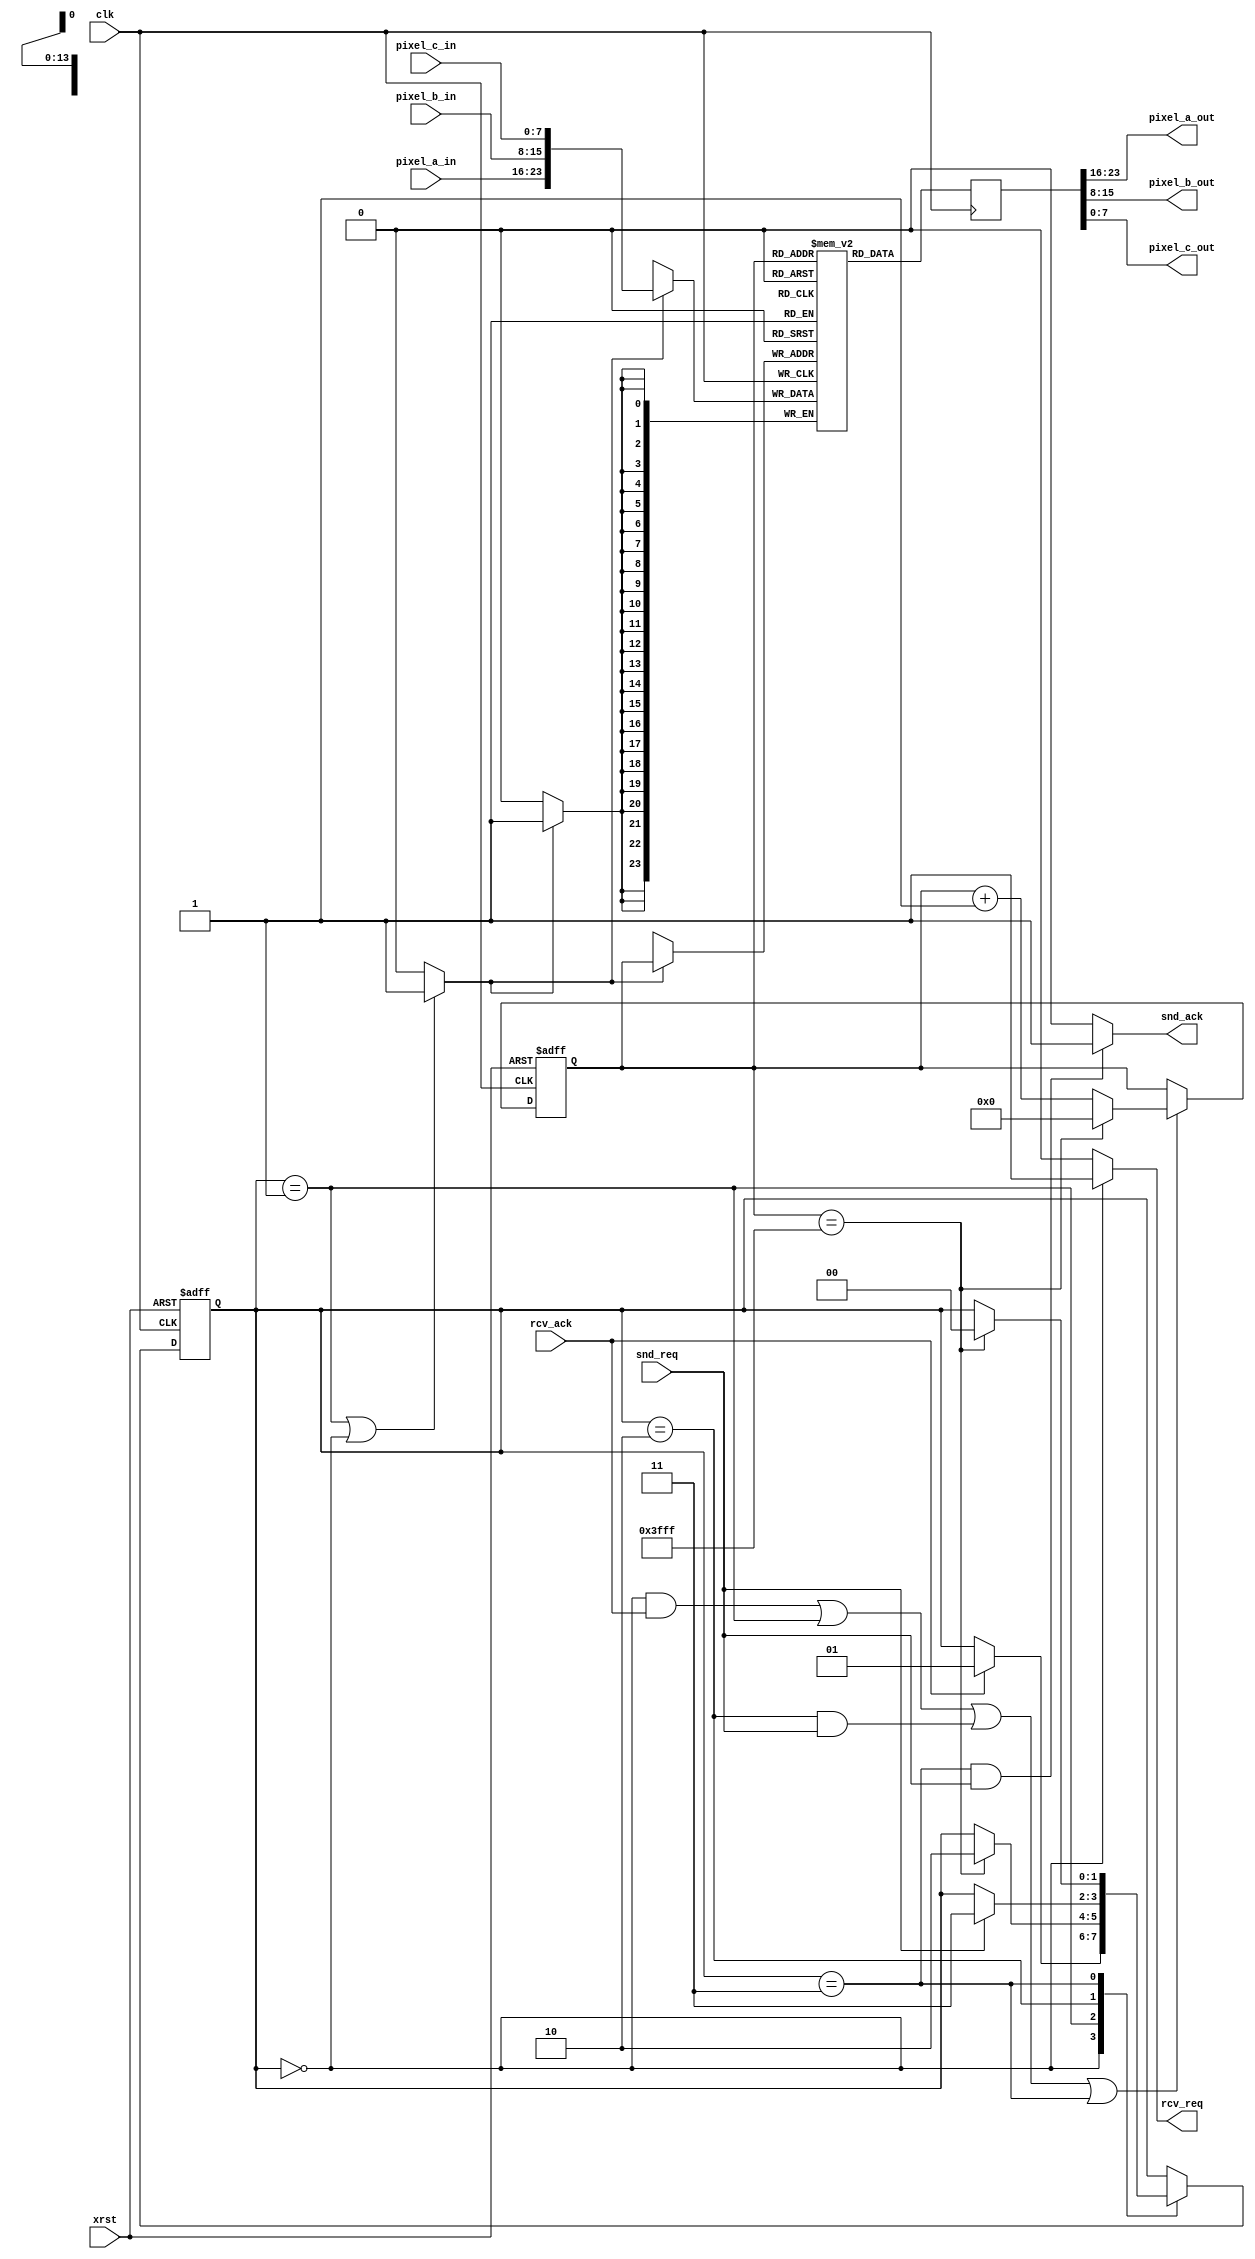
module framebuf_bst(
	//Outputs
	rcv_req, pixel_a_out, pixel_b_out, pixel_c_out, snd_ack,
	//Inputs
	clk, xrst, pixel_a_in, pixel_b_in, pixel_c_in, rcv_ack, snd_req
	);

	//parameter
	parameter PIXEL_NUM = 128 *128;

	//clock, reset
	input	clk;
	input	xrst;

	//receive port (MASTER)
	input [7:0] pixel_a_in;
	input [7:0] pixel_b_in;
	input [7:0] pixel_c_in;
	output	rcv_req;
	input	rcv_ack;

	//send port (SLAVE)
	output [7:0] pixel_a_out;
	output [7:0] pixel_b_out;
	output [7:0] pixel_c_out;
	input	snd_req;
	output	snd_ack;

	//state machine
	reg [1:0]	state_reg;
	parameter	ST_ISSUE_RCV_REQ	=2'd0;
	parameter	ST_DATA_RCV		=2'd1;
	parameter	ST_WAIT_SND_REQ		=2'd2;
	parameter	ST_DATA_SND		=2'd3;

	//memory
	reg[23:0]	mem[0:PIXEL_NUM-1];
	reg[13:0]	mem_addr;
	wire		mem_we;
	wire[23:0]	mem_din;
	reg[23:0]	mem_dout;

	//state machine
	always @(posedge clk or negedge xrst) begin
		if (xrst == 1'b0)
			state_reg <= ST_ISSUE_RCV_REQ;
		else
			case(state_reg)
				ST_ISSUE_RCV_REQ:
					if(rcv_ack == 1'b1)
						state_reg <= ST_DATA_RCV;
				ST_DATA_RCV:
					if(mem_addr == PIXEL_NUM-1)
						state_reg <= ST_WAIT_SND_REQ;
				ST_WAIT_SND_REQ:
					if(snd_req == 1'b1)
						state_reg <= ST_DATA_SND;
				ST_DATA_SND:
					if(mem_addr == PIXEL_NUM-1)
						state_reg <= ST_ISSUE_RCV_REQ;
			endcase
	end

	//memory
	always @(posedge clk or negedge xrst) begin
		if(xrst == 1'b0)
			mem_addr <= 14'd0;
		else
			if(state_reg == ST_ISSUE_RCV_REQ && rcv_ack == 1'b1 ||
			   state_reg == ST_DATA_RCV ||
			   state_reg == ST_WAIT_SND_REQ && snd_req == 1'b1 ||
			   state_reg == ST_DATA_SND)
				if(mem_addr == PIXEL_NUM-1)
					mem_addr <= 14'd0;
				else
					mem_addr <= mem_addr +14'd1;
			
	end

	always @(posedge clk) begin
		mem_dout <= mem[mem_addr];
		if(mem_we ==1'b1)
			mem[mem_addr] <= mem_din;
	end

	assign mem_din = {pixel_a_in, pixel_b_in, pixel_c_in};
	assign mem_we = (state_reg == ST_DATA_RCV || state_reg == ST_ISSUE_RCV_REQ) ? 1'b1 :1'b0;

	//output
	assign rcv_req = (state_reg == ST_ISSUE_RCV_REQ) ? 1'b1 :1'b0;
	assign snd_ack = (state_reg == ST_DATA_SND && snd_req == 1'b1) ? 1'b1 :1'b0;

	assign pixel_a_out = mem_dout[23:16];
	assign pixel_b_out = mem_dout[15:8];
	assign pixel_c_out = mem_dout[7:0];

endmodule